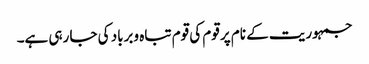
جمہوریت کے نام پر قوم کی قوم تباہ وبرباد کی جا رہی ہے۔